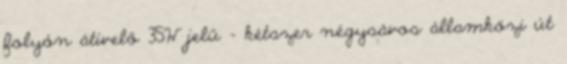
folyón átívelő 35W jelű – kétszer négysávos államközi út